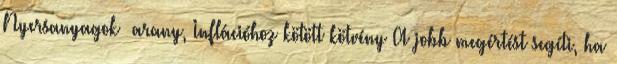
Nyersanyagok arany, Inflációhoz kötött kötvény A jobb megértést segíti, ha